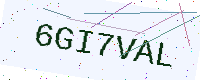
Text: 6GI7VAL